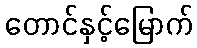
တောင်နှင့်မြောက်